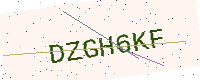
Text: DZGH6KF